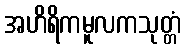
အဟိရိကမူလကသုတ္တံ